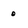
Character: 0